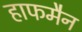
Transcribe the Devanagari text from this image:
हाफमैन